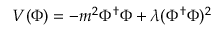
V ( \Phi ) = - m ^ { 2 } \Phi ^ { \dag } \Phi + \lambda ( \Phi ^ { \dag } \Phi ) ^ { 2 }